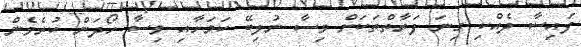
ފައިސާ ދެއްކި ގިނަ ފަރާތްތަކަށް ވިސާ ނުލިބޭ ކަމަށާއި ވިސާ ހޯދަން ކުރެވެން